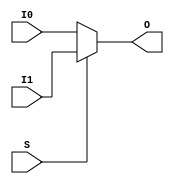
module beh_vlog_muxf7_v8_0 (O, I0, I1, S);
    output O;
    reg    O;
    input  I0, I1, S;
	always @(I0 or I1 or S) 
	    if (S)
		O = I1;
	    else
		O = I0;
endmodule